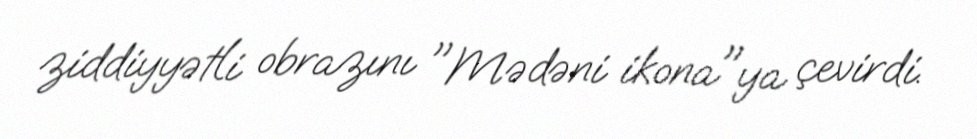
ziddiyyətli obrazını "Mədəni ikona"ya çevirdi.